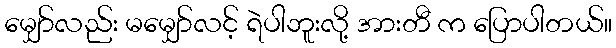
မျှော်လည်း မမျှော်လင့် ရဲပါဘူးလို့ အားတီ က ပြောပါတယ်။